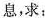
息，求：